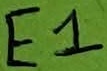
Text: E1